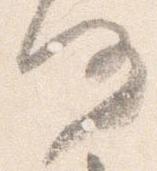
何